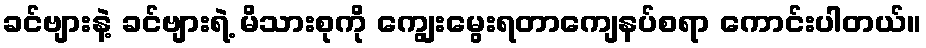
ခင်ဗျားနဲ့ ခင်ဗျားရဲ့ မိသားစုကို ကျွေးမွေးရတာကျေနပ်စရာ ကောင်းပါတယ်။